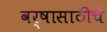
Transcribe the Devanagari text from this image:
वर्षासाठीचे